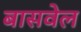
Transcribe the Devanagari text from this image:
बासवेल